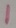
Text: 1